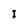
Character: I